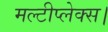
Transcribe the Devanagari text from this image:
मल्टीप्लेक्स।